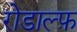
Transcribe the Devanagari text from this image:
रोडाल्फ़